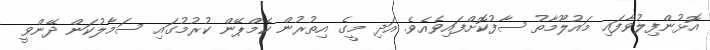
އޮޅުންފިލުވާފައި މައުލޫމާތު ސާފުކޮށްފައިވެއެވެ. އަދި މީގެ އިތުރުން ކެމްޕޭން ކުރުމުގައި ސަމާލުކަން ދޭންވީ